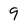
Character: 9